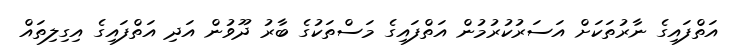
އަތްފައިގެ ނާރުތަކަށް އަސަރުކުރުމުން އަތްފައިގެ މަސްތަކުގެ ބާރު ދޫވުން އަދި އަތްފައިގެ އިގިލިތައް